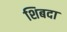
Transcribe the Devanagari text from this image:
शिबदा